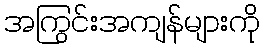
အကြွင်းအကျန်များကို